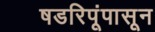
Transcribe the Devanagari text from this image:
षडरिपूंपासून